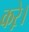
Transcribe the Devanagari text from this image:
करे़।